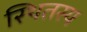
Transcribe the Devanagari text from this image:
स्थितस्य